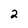
Character: 2